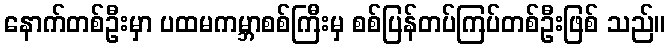
နောက်တစ်ဦးမှာ ပထမကမ္ဘာစစ်ကြီးမှ စစ်ပြန်တပ်ကြပ်တစ်ဦးဖြစ် သည်။